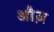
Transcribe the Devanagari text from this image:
औज़